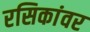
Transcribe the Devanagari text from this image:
रसिकांवर